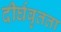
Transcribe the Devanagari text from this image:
दीर्घवृतता